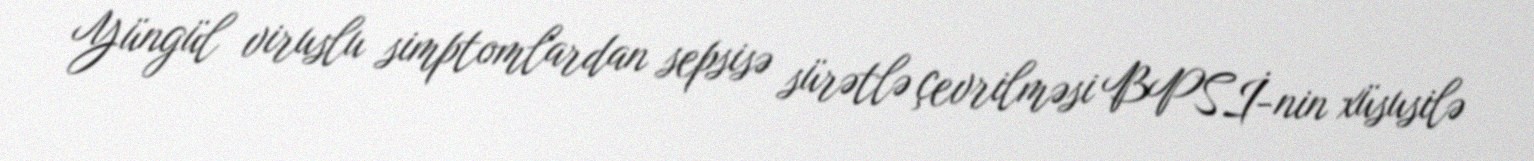
Yüngül viruslu simptomlardan sepsisə sürətlə çevrilməsi BPSİ-nin xüsusilə